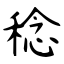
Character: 稔